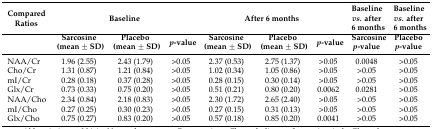
<table><thead><tr><td><b>Compared Ratios</b></td><td colspan="3"><b>Baseline</b></td><td colspan="3"><b>After 6 months</b></td><td><b>Baseline <i>vs.</i> after 6 months</b></td><td><b>Baseline <i>vs.</i> after 6 months</b></td></tr><tr><td></td><td><b>Sarcosine (mean ± SD)</b></td><td><b>Placebo (mean ± SD)</b></td><td><b><i>p</i>-value</b></td><td><b>Sarcosine (mean ± SD)</b></td><td><b>Placebo (mean ± SD)</b></td><td><b><i>p</i>-value</b></td><td><b>Sarcosine <i>p</i>-value</b></td><td><b>Placebo <i>p</i>-value</b></td></tr></thead><tbody><tr><td>NAA/Cr</td><td>1.96 (2.55)</td><td>2.43 (1.79)</td><td>&gt;0.05</td><td>2.37 (0.53)</td><td>2.75 (1.37)</td><td>&gt;0.05</td><td>0.0048</td><td>&gt;0.05</td></tr><tr><td>Cho/Cr</td><td>1.31 (0.87)</td><td>1.21 (0.84)</td><td>&gt;0.05</td><td>1.02 (0.34)</td><td>1.05 (0.86)</td><td>&gt;0.05</td><td>&gt;0.05</td><td>&gt;0.05</td></tr><tr><td>mI/Cr</td><td>0.28 (0.18)</td><td>0.37 (0.28)</td><td>&gt;0.05</td><td>0.28 (0.15)</td><td>0.30 (0.14)</td><td>&gt;0.05</td><td>&gt;0.05</td><td>&gt;0.05</td></tr><tr><td>Glx/Cr</td><td>0.73 (0.33)</td><td>0.75 (0.20)</td><td>&gt;0.05</td><td>0.51 (0.21)</td><td>0.80 (0.20)</td><td>0.0062</td><td>0.0281</td><td>&gt;0.05</td></tr><tr><td>NAA/Cho</td><td>2.34 (0.84)</td><td>2.18 (0.83)</td><td>&gt;0.05</td><td>2.30 (1.72)</td><td>2.65 (2.40)</td><td>&gt;0.05</td><td>&gt;0.05</td><td>&gt;0.05</td></tr><tr><td>mI/Cho</td><td>0.27 (0.25)</td><td>0.30 (0.23)</td><td>&gt;0.05</td><td>0.27 (0.15)</td><td>0.31 (0.13)</td><td>&gt;0.05</td><td>&gt;0.05</td><td>&gt;0.05</td></tr><tr><td>Glx/Cho</td><td>0.75 (0.27)</td><td>0.83 (0.20)</td><td>&gt;0.05</td><td>0.57 (0.18)</td><td>0.85 (0.20)</td><td>0.0041</td><td>&gt;0.05</td><td>&gt;0.05</td></tr></tbody></table>